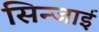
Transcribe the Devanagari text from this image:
सिन्जाई